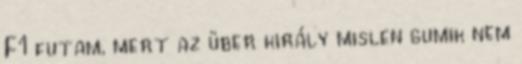
F1 futam, mert az über király mislen gumik nem